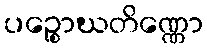
ပဉ္စောဃတိဏ္ဏော